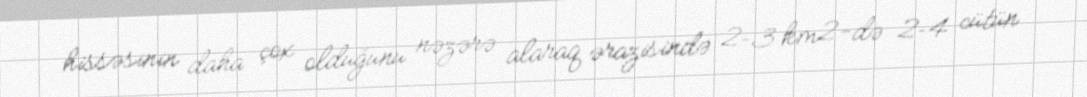
hissəsinin daha çox olduğunu nəzərə alaraq ərazisində 2–3 km2-də 2–4 cütün